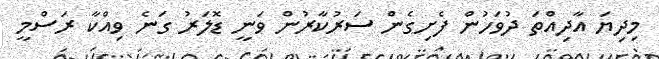
މިދިޔަ އާދިއްތަ ދުވަހުން ފެށިގެން ސަރުކާރުން ވަނީ ޑޮލަރު ގަނެ ވިއްކާ ރަސްމީ